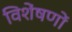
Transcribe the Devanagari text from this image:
विशेंषणों